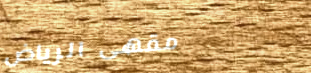
مقهى الرياض